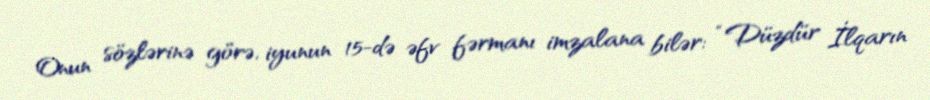
Onun sözlərinə görə, iyunun 15-də əfv fərmanı imzalana bilər: “Düzdür İlqarın